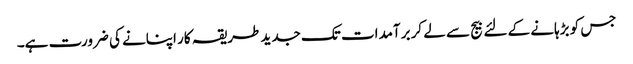
جس کو بڑہانے کے لئے بیج سے لے کر برآمدات تک جدید طریقہ کار اپنانے کی ضرورت ہے۔